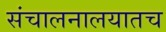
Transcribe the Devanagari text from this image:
संचालनालयातच